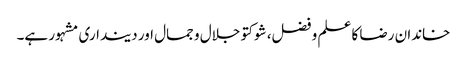
خاندان رضا کا علم و فضل، شوکتو جلال و جمال اور دینداری مشہور ہے۔